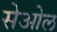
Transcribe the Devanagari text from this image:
सेओल